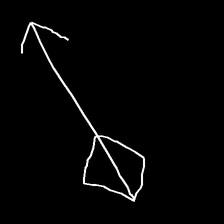
Glyph: focus